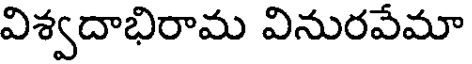
విశ్వదాభిరామ వినురవేమా